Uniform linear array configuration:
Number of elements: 4
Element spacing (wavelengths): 0.75
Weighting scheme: uniform
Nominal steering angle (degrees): -60
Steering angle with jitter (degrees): -60.208
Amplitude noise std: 0.05
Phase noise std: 0.05

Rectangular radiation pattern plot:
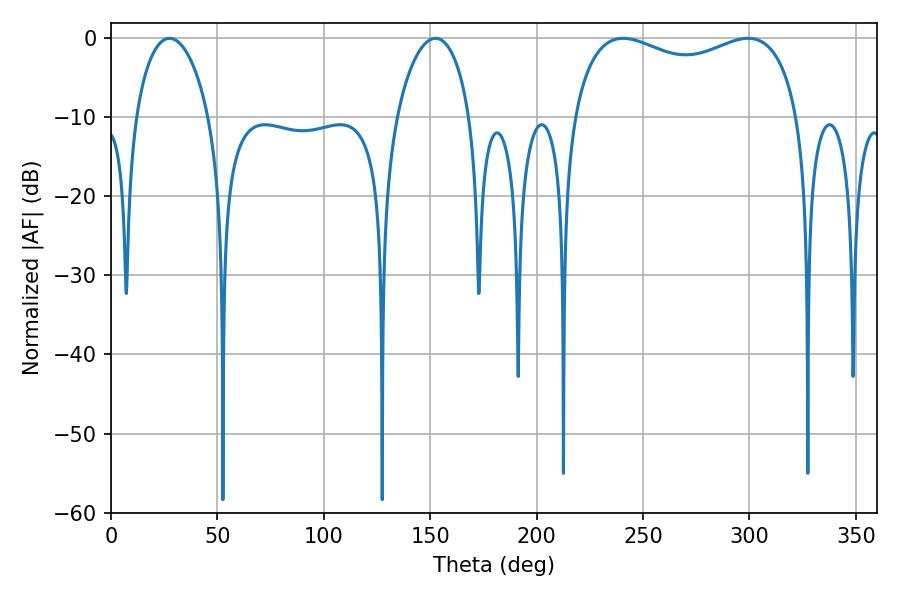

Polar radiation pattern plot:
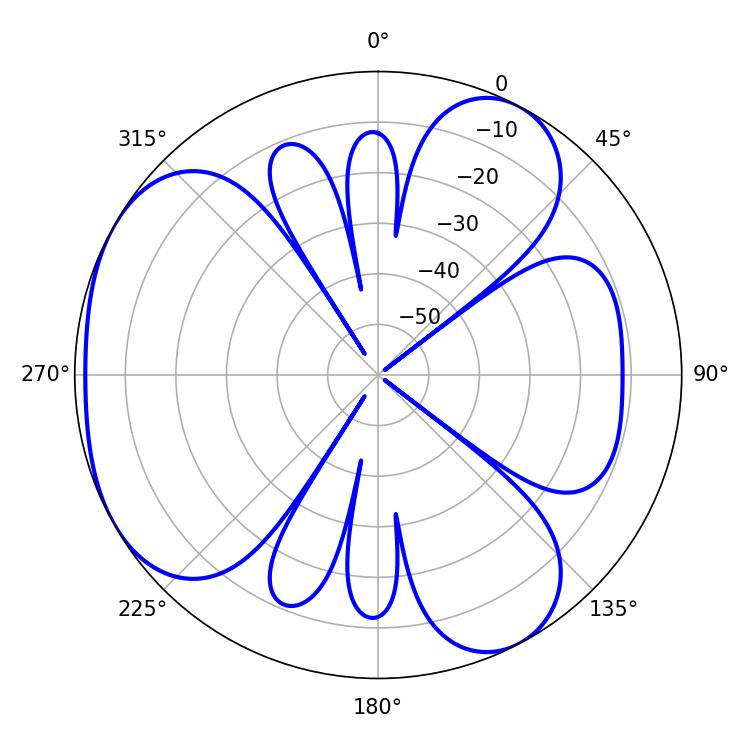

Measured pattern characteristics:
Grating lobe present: TRUE
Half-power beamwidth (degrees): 87.84
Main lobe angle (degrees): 240.66